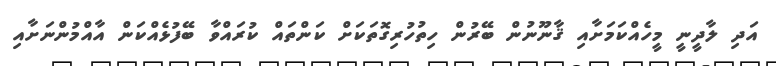
އަދި ލާދީނީ މީހެއްކަމަށާއި ޤާނޫނުން ބޭރުން ހިތުހުރިގޮތަކަށް ކަންތައް ކުރައްވާ ބޭފުޅެއްކަން އާއްމުންނަށާއި